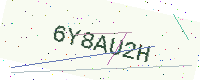
Text: 6Y8AU2H